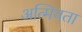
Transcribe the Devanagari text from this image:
अत्मियता